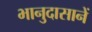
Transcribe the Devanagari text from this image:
भानुदासानें